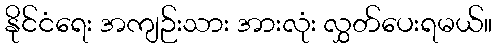
နိုင်ငံရေး အကျဉ်းသား အားလုံး လွှတ်ပေးရမယ်။